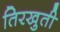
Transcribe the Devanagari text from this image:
तिरखुती